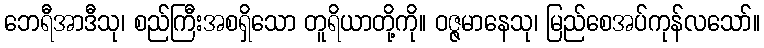
ဘေရီအာဒီသု၊ စည်ကြီးအစရှိသော တူရိယာတို့ကို။ ဝဇ္ဇမာနေသု၊ မြည်စေအပ်ကုန်လသော်။